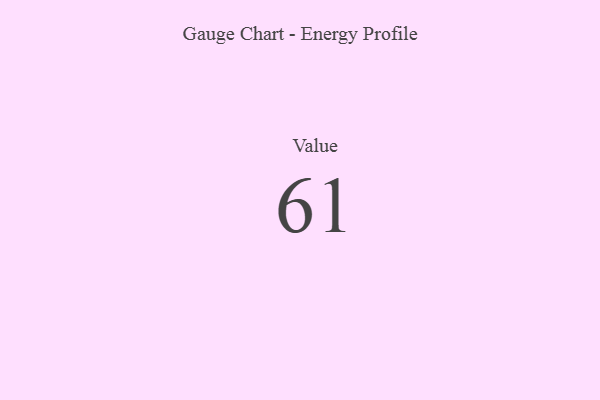
{"axis": {"x": "Metric", "y": "Value"}, "legend": [""], "data": [{"x": "Value", "y": 61, "type": ""}]}